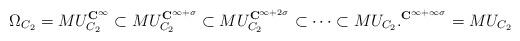
LaTeX: \begin{align*}\Omega_{C_2} = MU_{C_2}^{\mathbf{C}^{\infty}} \subset MU_{C_2}^{\mathbf{C}^{\infty+\sigma}} \subset MU_{C_2}^{\mathbf{C}^{\infty+2\sigma}} \subset \cdots \subset MU_{C_2}.^{\mathbf{C}^{\infty+\infty\sigma}} = MU_{C_2} \end{align*}